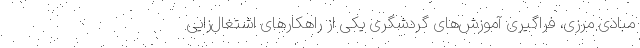
مبادی مرزی، فراگیری آموزش‌های گردشگری یکی از راهکار‌های اشتغال‌زایی